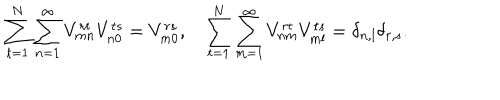
LaTeX: \sum _ { t = 1 } ^ { N } \sum _ { n = 1 } ^ { \infty } V _ { m n } ^ { r t } V _ { n 0 } ^ { t s } = V _ { m 0 } ^ { r s } , \ \ \ \sum _ { t = 1 } ^ { N } \sum _ { m = 1 } ^ { \infty } V _ { n m } ^ { r t } V _ { m l } ^ { t s } = \delta _ { n , l } \delta _ { r , s } .